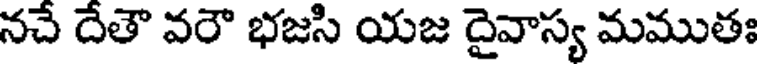
నచే దేతౌ వరౌ భజసి యజ దైవాస్య మముతః